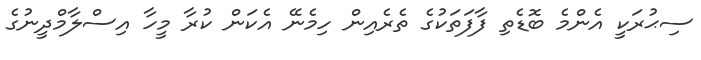
ސިޙުރަކީ އެންމެ ބޮޑެތި ފާފަތަކުގެ ތެރެއިން ހިމެނޭ އެކަން ކުރާ މީހާ އިސްލާމްދީނުގެ